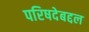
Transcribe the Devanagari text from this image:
परिषदेबद्दल